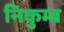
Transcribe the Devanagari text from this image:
निकुम्ब